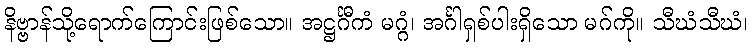
နိဗ္ဗာန်သို့ရောက်ကြောင်းဖြစ်သော။ အဋ္ဌင်္ဂီကံ မဂ္ဂံ၊ အင်္ဂါရှစ်ပါးရှိသော မဂ်ကို။ သီဃံသီဃံ၊